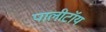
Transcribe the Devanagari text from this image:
पालीटॉय